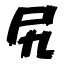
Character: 尻